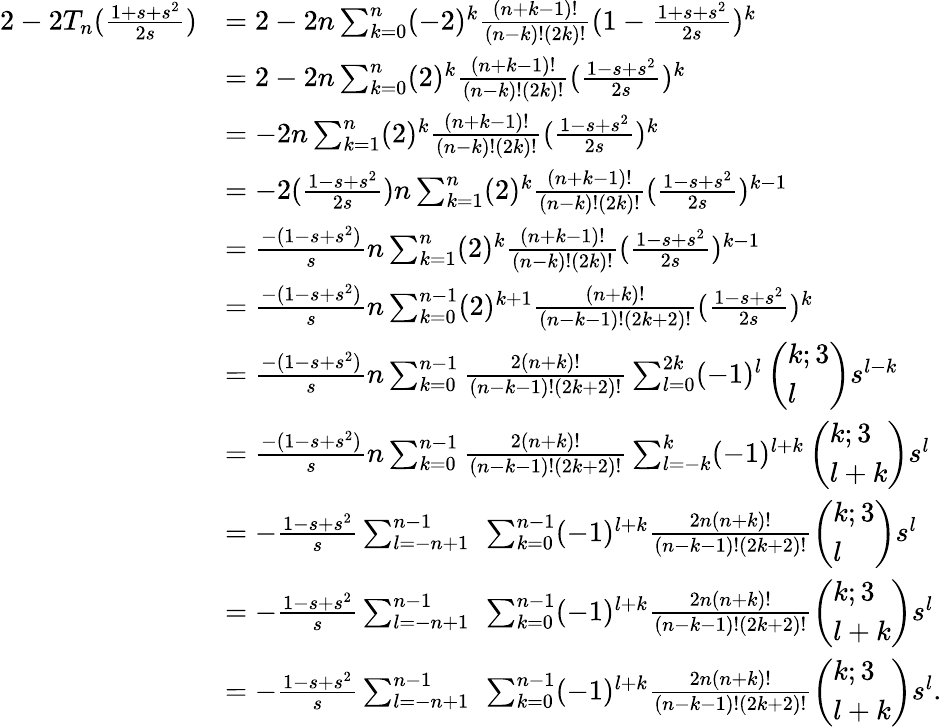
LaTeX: \begin{array}{rl}{2-2T_{n}(\frac{1+s+s^{2}}{2s})}&{=2-2n\sum_{k=0}^{n}(-2)^{k}\frac{(n+k-1)!}{(n-k)!(2k)!}(1-\frac{1+s+s^{2}}{2s})^{k}}\\ &{=2-2n\sum_{k=0}^{n}(2)^{k}\frac{(n+k-1)!}{(n-k)!(2k)!}(\frac{1-s+s^{2}}{2s})^{k}}\\ &{=-2n\sum_{k=1}^{n}(2)^{k}\frac{(n+k-1)!}{(n-k)!(2k)!}(\frac{1-s+s^{2}}{2s})^{k}}\\ &{=-2(\frac{1-s+s^{2}}{2s})n\sum_{k=1}^{n}(2)^{k}\frac{(n+k-1)!}{(n-k)!(2k)!}(\frac{1-s+s^{2}}{2s})^{k-1}}\\ &{=\frac{-(1-s+s^{2})}{s}n\sum_{k=1}^{n}(2)^{k}\frac{(n+k-1)!}{(n-k)!(2k)!}(\frac{1-s+s^{2}}{2s})^{k-1}}\\ &{=\frac{-(1-s+s^{2})}{s}n\sum_{k=0}^{n-1}(2)^{k+1}\frac{(n+k)!}{(n-k-1)!(2k+2)!}(\frac{1-s+s^{2}}{2s})^{k}}\\ &{=\frac{-(1-s+s^{2})}{s}n\sum_{k=0}^{n-1}\frac{2(n+k)!}{(n-k-1)!(2k+2)!}\sum_{l=0}^{2k}(-1)^{l}\left(\begin{array}{l}{k;3}\\ {l}\end{array}\right)s^{l-k}}\\ &{=\frac{-(1-s+s^{2})}{s}n\sum_{k=0}^{n-1}\frac{2(n+k)!}{(n-k-1)!(2k+2)!}\sum_{l=-k}^{k}(-1)^{l+k}\left(\begin{array}{l}{k;3}\\ {l+k}\end{array}\right)s^{l}}\\ &{=-\frac{1-s+s^{2}}{s}\sum_{l=-n+1}^{n-1}\ \sum_{k=0}^{n-1}(-1)^{l+k}\frac{2n(n+k)!}{(n-k-1)!(2k+2)!}\left(\begin{array}{l}{k;3}\\ {l}\end{array}\right)s^{l}}\\ &{=-\frac{1-s+s^{2}}{s}\sum_{l=-n+1}^{n-1}\ \sum_{k=0}^{n-1}(-1)^{l+k}\frac{2n(n+k)!}{(n-k-1)!(2k+2)!}\left(\begin{array}{l}{k;3}\\ {l+k}\end{array}\right)s^{l}}\\ &{=-\frac{1-s+s^{2}}{s}\sum_{l=-n+1}^{n-1}\ \sum_{k=0}^{n-1}(-1)^{l+k}\frac{2n(n+k)!}{(n-k-1)!(2k+2)!}\left(\begin{array}{l}{k;3}\\ {l+k}\end{array}\right)s^{l}.}\end{array}